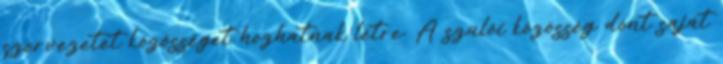
szervezetet közösséget hozhatnak létre. A szülői közösség dönt saját